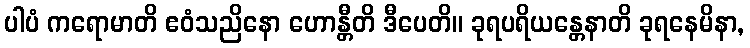
ပါပံ ကရောမာတိ ဧဝံသညိနော ဟောန္တီတိ ဒီပေတိ။ ခုရပရိယန္တေနာတိ ခုရနေမိနာ,